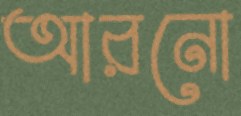
আরনো